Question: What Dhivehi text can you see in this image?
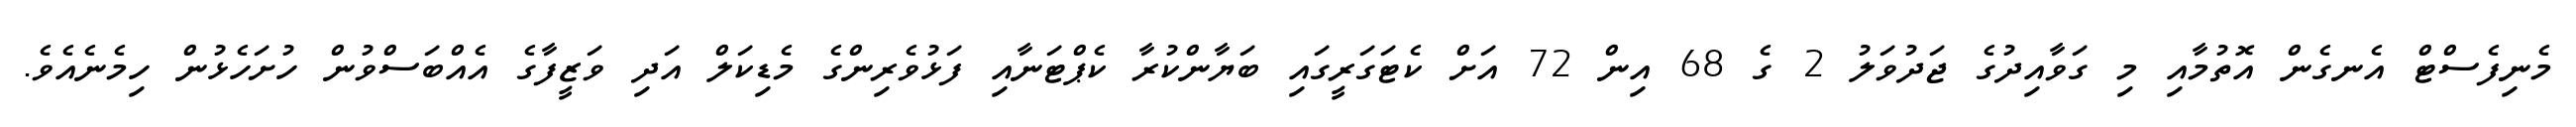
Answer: މެނިފެސްޓް އެނގެން އޮތުމާއި މި ގަވާއިދުގެ ޖަދުވަލު 2 ގެ 68 އިން 72 އަށް ކެޓަގަރީގައި ބަޔާންކުރާ ކެޕްޓަނާއި ފަޅުވެރިންގެ މެޑިކަލް އަދި ވަޒީފާގެ އެއްބަސްވުން ހުށަހެޅުން ހިމެނެއެވެ.